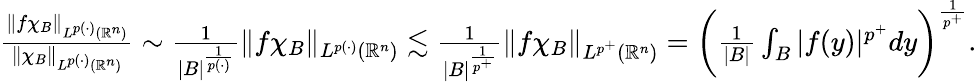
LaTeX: \begin{array}{r}{\frac{\| f\chi_{B}\| _{L^{p(\cdot)}(\mathbb{R}^{n})}}{\| \chi_{B}\| _{L^{p(\cdot)}(\mathbb{R}^{n})}}\sim\frac{1}{|B|^{\frac{1}{p(\cdot)}}}\| f\chi_{B}\| _{L^{p(\cdot)}(\mathbb{R}^{n})}\lesssim\frac{1}{|B|^{\frac{1}{p^{+}}}}\| f\chi_{B}\| _{L^{p^{+}}(\mathbb{R}^{n})}=\bigg(\frac{1}{|B|}\int_{B}|f(y)|^{p^{+}}dy\bigg)^{\frac{1}{p^{+}}}.}\end{array}